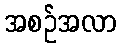
အစဉ်အလာ